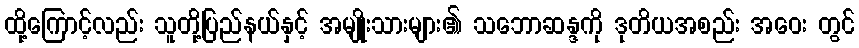
ထို့ကြောင့်လည်း သူတို့ပြည်နယ်နှင့် အမျိုးသားများ၏ သဘောဆန္ဒကို ဒုတိယအစည်း အဝေး တွင်